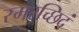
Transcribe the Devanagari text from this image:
स्मरच्छिदं